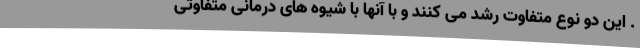
. این دو نوع متفاوت رشد می کنند و با آنها با شیوه های درمانی متفاوتی